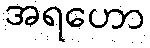
အရဟော